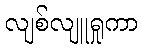
လျစ်လျူရှုကာ